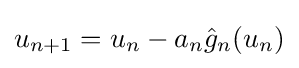
u_{n+1}=u_{n}-a_{n}{\hat {g}}_{n}(u_{n})